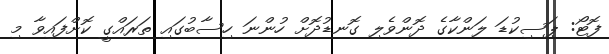
ފޮޓޯ: ޕަސިކުޑަ ލަންކާގެ ދޮންވެލި ގޮނޑުދޮށް ހުންނަ ހިސާބުގައި ތަރައްގީ ކޮށްފައިވާ މި